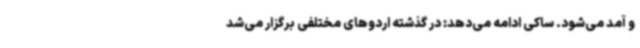
و آمد می‌شود. ساکی ادامه می‌دهد: در گذشته اردوهای مختلفی برگزار می‌شد